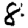
Digit: 8